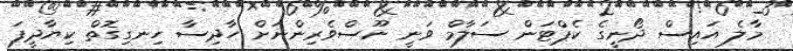
މާލެ އައިސް ދޯނީގެ ކެޕްޓަން ސަލާމް ވަނީ ނޫސްވެރިންނަށް ހާދިސާ ހިނގިގޮތް ކިޔާދީފަ